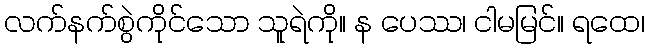
လက်နက်စွဲကိုင်သော သူရဲကို။ န ပေဿ၊ ငါမမြင်။ ရထေ၊